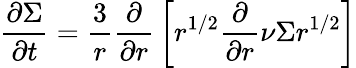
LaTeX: {\frac{\partial\Sigma}{\partial t}}={\frac{3}{r}}{\frac{\partial}{\partial r}}\left[r^{1/2}{\frac{\partial}{\partial r}}\nu\Sigma r^{1/2}\right]